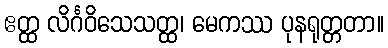
ဧတ္ထ လိင်္ဂဝိသေသတ္ထ၊ မေကဿ ပုနရုတ္တတာ။